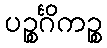
ပဉ္စင်္ဂိကဉ္စ